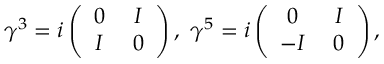
\gamma ^ { 3 } = i \left( \begin{array} { c c } { { 0 \; } } & { { I } } \\ { { I \; } } & { { 0 } } \end{array} \right) , \, \, \gamma ^ { 5 } = i \left( \begin{array} { c c } { { 0 \; } } & { { I } } \\ { { - I \; } } & { { 0 } } \end{array} \right) ,